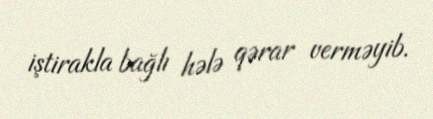
iştirakla bağlı hələ qərar verməyib.